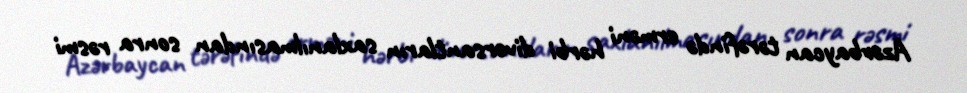
Azərbaycan tərəfində erməni hərbi diversantların saxlanılmasından sonra rəsmi